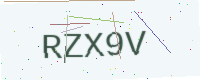
Text: RZX9V